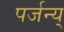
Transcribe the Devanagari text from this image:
पर्जन्य्